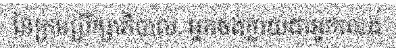
នៃក្រុមប្រឹក្សាភិបាល. អ្នកចង់ក្លាយជាអ្នកលេង